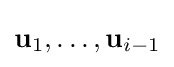
\mathbf {u} _{1},\ldots ,\mathbf {u} _{i-1}